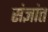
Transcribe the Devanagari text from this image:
संज्ञांत